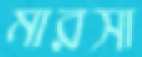
মারসা